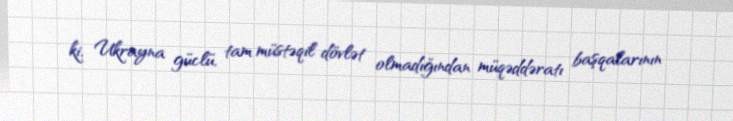
ki, Ukrayna güclü, tam müstəqil dövlət olmadığından müqəddəratı başqalarının